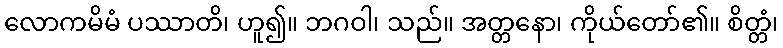
လောကမိမံ ပဿာတိ၊ ဟူ၍။ ဘဂဝါ၊ သည်။ အတ္တနော၊ ကိုယ်တော်၏။ စိတ္တံ၊